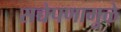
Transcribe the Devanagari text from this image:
सच्चेपणामुळे